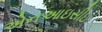
એનઆઇસીઇ